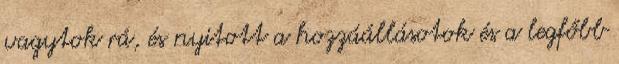
vagytok rá, és nyitott a hozzáállásotok és a legfőbb